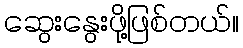
ဆွေးနွေးဖို့ဖြစ်တယ်။